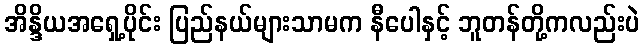
အိန္ဒိယအရှေ့ပိုင်း ပြည်နယ်များသာမက နီပေါနှင့် ဘူတန်တို့ကလည်းပဲ